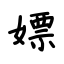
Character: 嫖